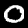
Digit: 0